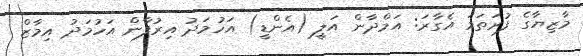
މާޒިޔާގެ ފުރަތަމަ އެގާރަ: އަމްދާން އަލީ (އެންޑީ) އަހުމަދު އިރުފާން އަހުމަދު އިމާޒް